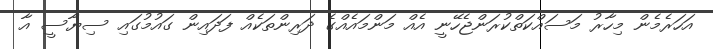
އަހަރެމެން މިހާރު މަސައްކަތްކުރަންޖެހޭނީ އެއް މަންމައެއްގެ ދަރިންތަކެއް ފަދައިން ގައުމުގައި ސިޔާސީ އާ